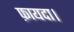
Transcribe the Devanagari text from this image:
फ़ायदा।